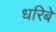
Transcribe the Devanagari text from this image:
धरिबे